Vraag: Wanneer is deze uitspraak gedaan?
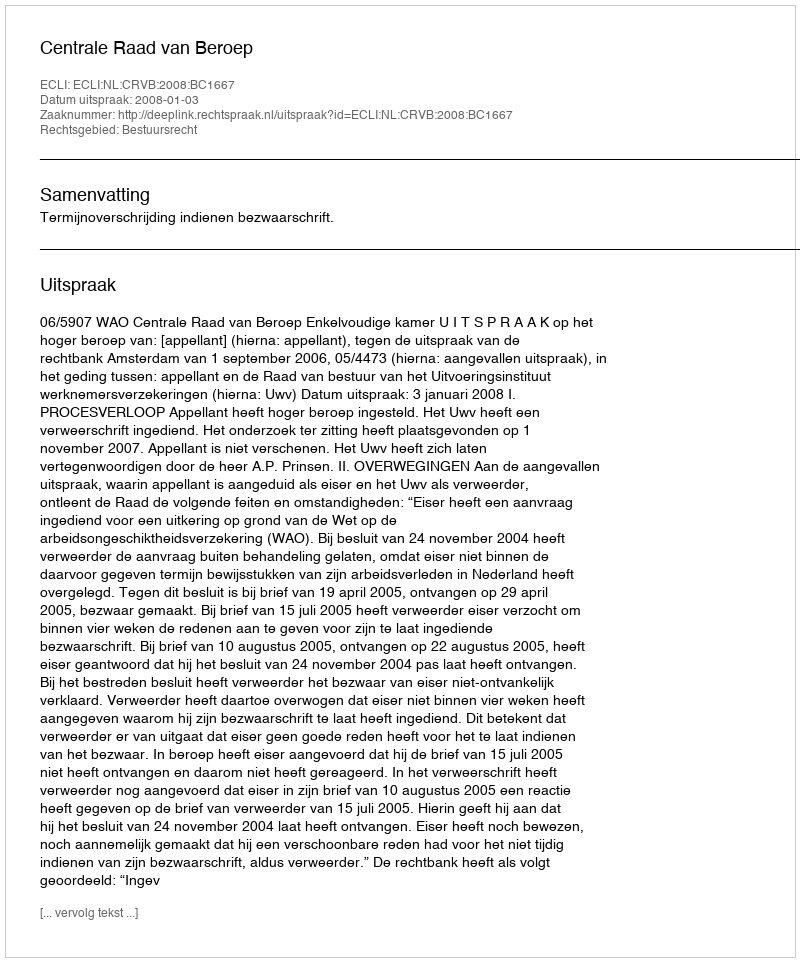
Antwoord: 2008-01-03